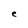
Character: e